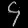
Digit: ၄